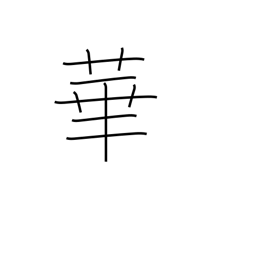
Meaning: petal